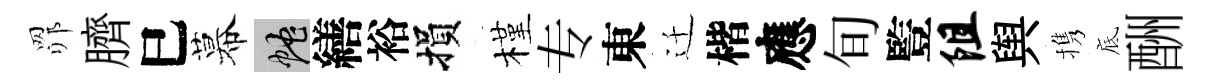
𦊑臍巳幕蛇繕裕損槿专東迁楷應旬䜿阻舆携底酬